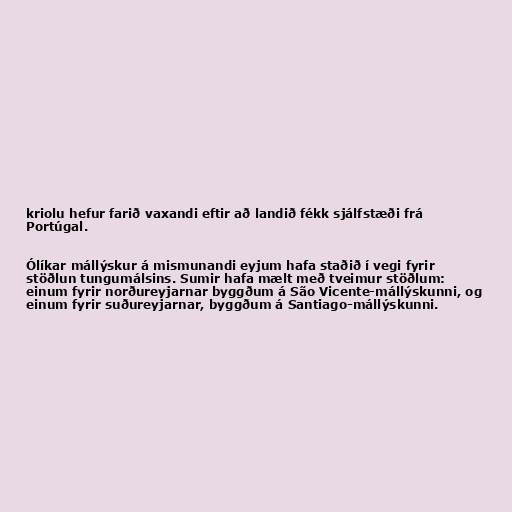
kriolu hefur farið vaxandi eftir að landið fékk sjálfstæði frá
Portúgal.

Ólíkar mállýskur á mismunandi eyjum hafa staðið í vegi fyrir
stöðlun tungumálsins. Sumir hafa mælt með tveimur stöðlum:
einum fyrir norðureyjarnar byggðum á São Vicente-mállýskunni, og
einum fyrir suðureyjarnar, byggðum á Santiago-mállýskunni.